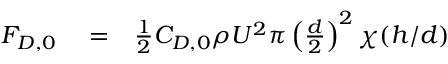
\begin{array} { r l r } { F _ { D , 0 } } & { { } = } & { \frac { 1 } { 2 } C _ { D , 0 } \rho U ^ { 2 } \pi \left( { \frac { d } { 2 } } \right) ^ { 2 } \chi ( h / d ) } \end{array}